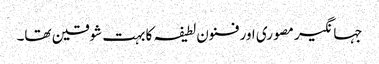
جہانگیر مصوری اور فنون لطیفہ کا بہت شوقین تھا۔